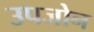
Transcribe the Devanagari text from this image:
उपजोन